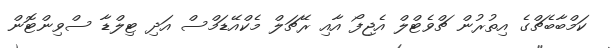
ކަމްބާބެޗްގެ އިތުރުން ޗްވެޓްލް އެޖިފޯ އާއި ރޭޗަލް މެކްއޭޑަމްސް އަދި ޓިލްޑާ ސްވިންޓޮން